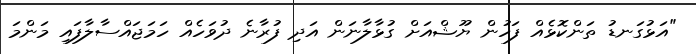
"އަޅުގަނޑު ތަންކޮޅެއް ފަހުން ޔޫޝްއަށް ގުޅާލާނަން އަދި ފުރާނެ ދުވަހެއް ހަމަޖައްސާލާފައި މަންމަ